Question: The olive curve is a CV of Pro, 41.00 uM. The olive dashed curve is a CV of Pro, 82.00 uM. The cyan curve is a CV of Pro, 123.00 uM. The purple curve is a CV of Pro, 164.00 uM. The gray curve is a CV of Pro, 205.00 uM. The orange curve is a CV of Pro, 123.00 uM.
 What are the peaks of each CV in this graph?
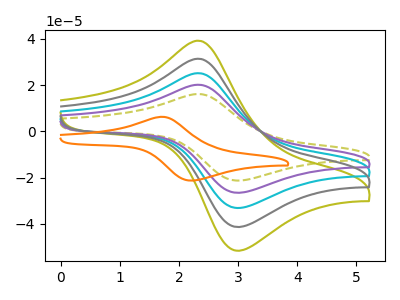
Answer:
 <answer>The olive curve "Pro, 41.00 uM" has an anodic peak at (2.35V, 80.70uA) and a cathodic peak at (3.05V, -105.95uA). The olive dashed curve "Pro, 82.00 uM" has an anodic peak at (2.35V, 16.15uA) and a cathodic peak at (3.05V, -21.20uA). The cyan curve "Pro, 123.00 uM" has an anodic peak at (2.35V, 40.35uA) and a cathodic peak at (3.05V, -52.95uA). The purple curve "Pro, 164.00 uM" has an anodic peak at (2.35V, 20.15uA) and a cathodic peak at (3.05V, -26.50uA). The gray curve "Pro, 205.00 uM" has an anodic peak at (2.35V, 60.50uA) and a cathodic peak at (3.05V, -79.45uA). The orange curve "Pro, 123.00 uM" has an anodic peak at (1.70V, 6.30uA) and a cathodic peak at (2.25V, -21.25uA).</answer>
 <eval></eval>